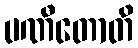
ပဏီတောတိ